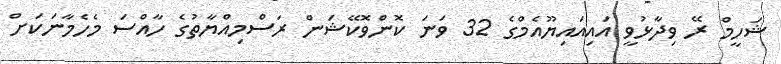
ޝަހީމް ރޭ ވިދާޅުވީ އައިއައިޔޫއެމްގެ 32 ވަނަ ކޮންވޮކޭޝަން ރަސްމިއްޔާތުގެ ހާއްސަ މެހެމާނަކަށް